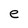
Character: e